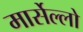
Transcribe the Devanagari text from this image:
मार्सेल्लो